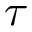
\tau